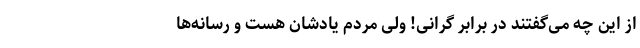
از این چه می‌گفتند در برابر گرانی! ولی مردم یادشان هست و رسانه‌ها